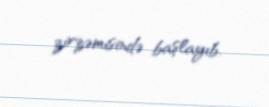
zirzəmisində başlayıb.